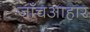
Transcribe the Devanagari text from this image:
जाँचआहार